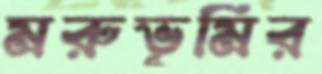
মরুভূমির